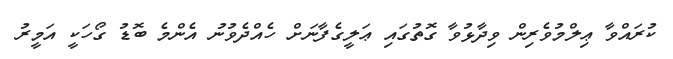
ކުރައްވާ ޢިލްމުވެރިން ވިދާޅުވާ ގޮތުގައި ޢަލީގެފާނަށް ހެއްދެވުނު އެންމެ ބޮޑު ގޯހަކީ އަމީރު